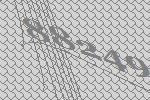
88249